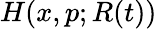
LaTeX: H(x,p;R(t))